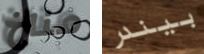
مناخ بيندر